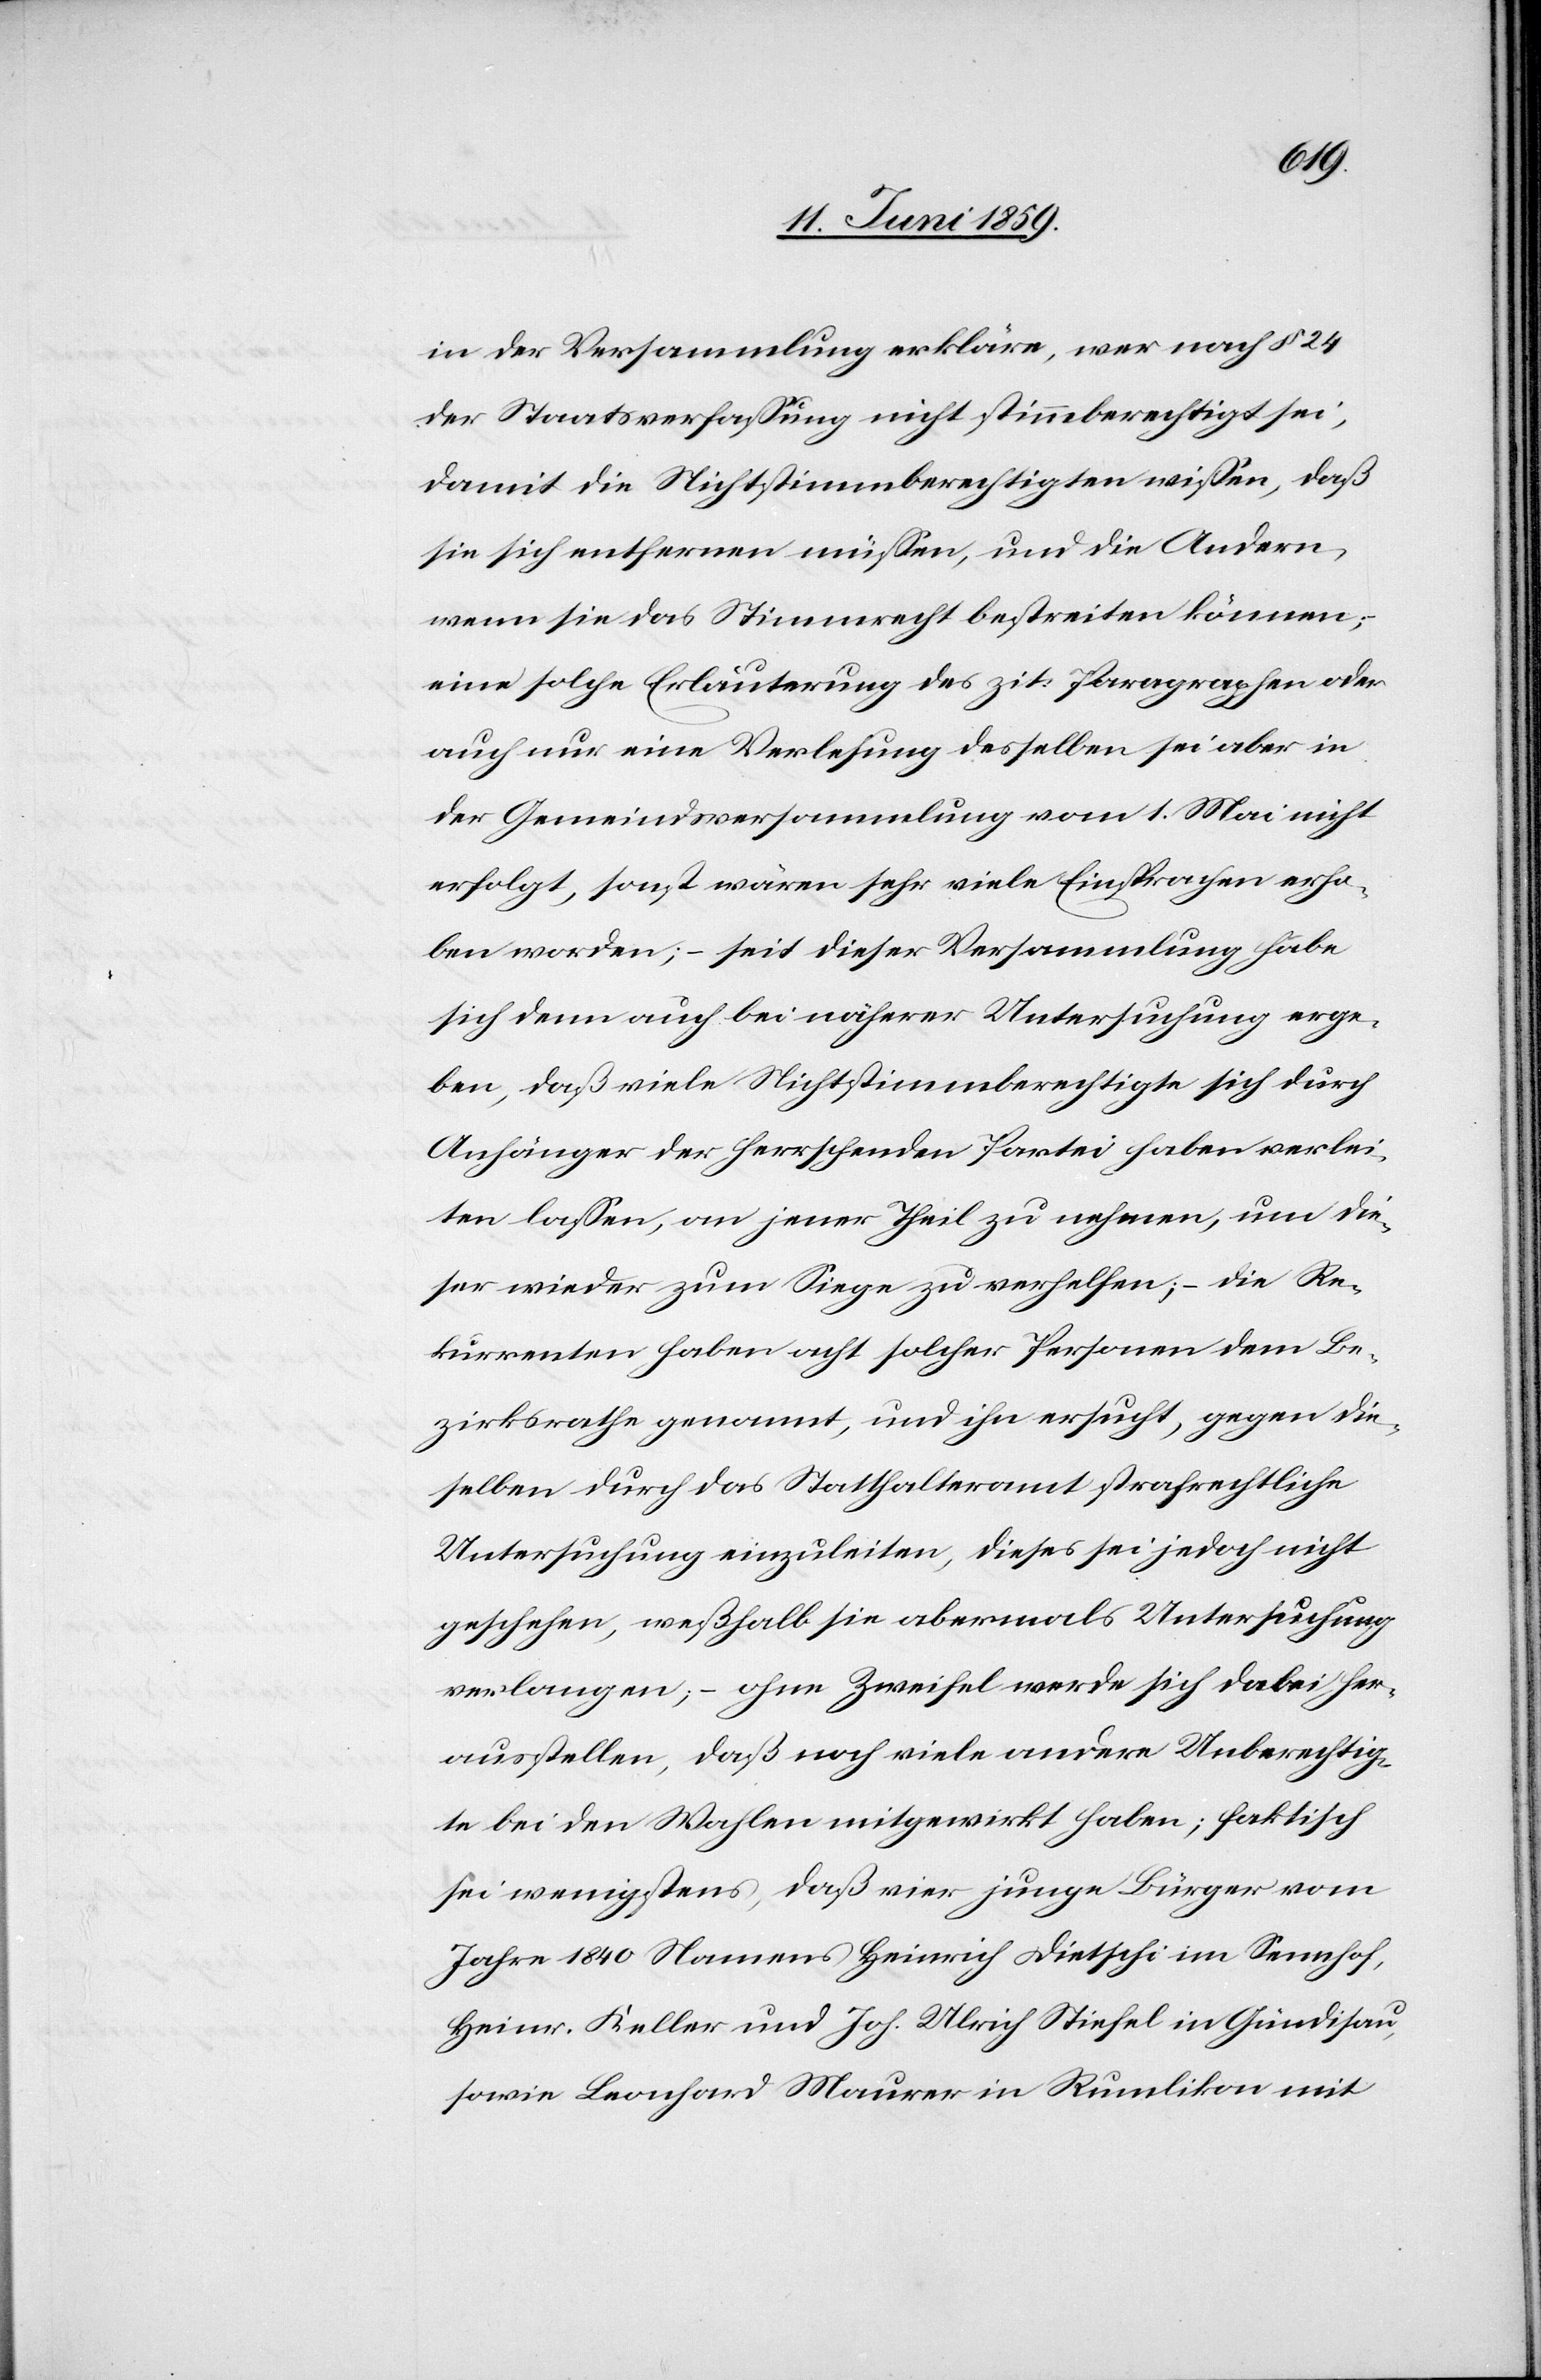
in der Versammlung erkläre, wer nach § 24
der Staatsverfassung nicht stimmberechtigt sei,
damit die Nichtstimmberechtigten wissen, daß
sie sich entfernen müssen, und die Andern,
wenn sie das Stimmrecht bestreiten können;
eine solche Erläuterung des zit. Paragraphen oder
auch nur eine Verlesung desselben sei aber in
der Gemeindsversammlung vom 1. Mai nicht
erfolgt, sonst wären sehr viele Einsprachen erho¬
ben worden; – seit dieser Versammlung habe
sich denn auch bei näherer Untersuchung erge¬
ben, daß viele Nichtstimmberechtigte sich durch
Anhänger der herrschenden Partei haben verlei¬
ten lassen, an jener Theil zu nehmen, um die¬
ser wieder zum Siege zu verhelfen; – die Re¬
kurrenten haben acht solcher Personen dem Be¬
zirksrathe genannt, und ihn ersucht, gegen die¬
selben durch das Statthalteramt strafrechtliche
Untersuchung einzuleiten, dieses sei jedoch nicht
geschehen, weßhalb sie abermals Untersuchung
verlangen; – ohne Zweifel werde sich dabei her¬
ausstellen, daß noch viele andere Unberechtig¬
te bei den Wahlen mitgewirkt haben; faktisch
sei wenigstens, daß vier junge Bürger vom
Jahre 1840 Namens Heinrich Dietschi im Sennhof,
Heinr. Keller und Joh. Ulrich Stiefel in Gündisau,
sowie Leonhard Maurer in Rumlikon mit